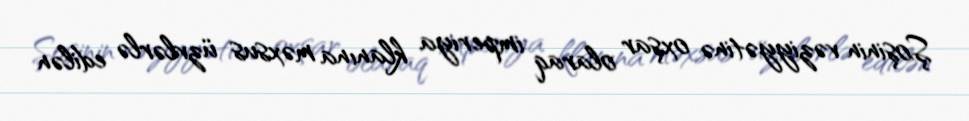
Şoşinin vəziyyətinə oxşar olaraq imperiya klanına məxsus üzvlərlə edilən